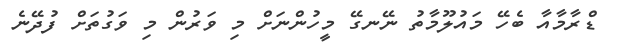
ޑްރާމާއާ ބެހޭ މައުލޫމާތު ނޭނގޭ މީހުންނަށް މި ވަރުން މި ވަގުތަށް ފުދޭނެ